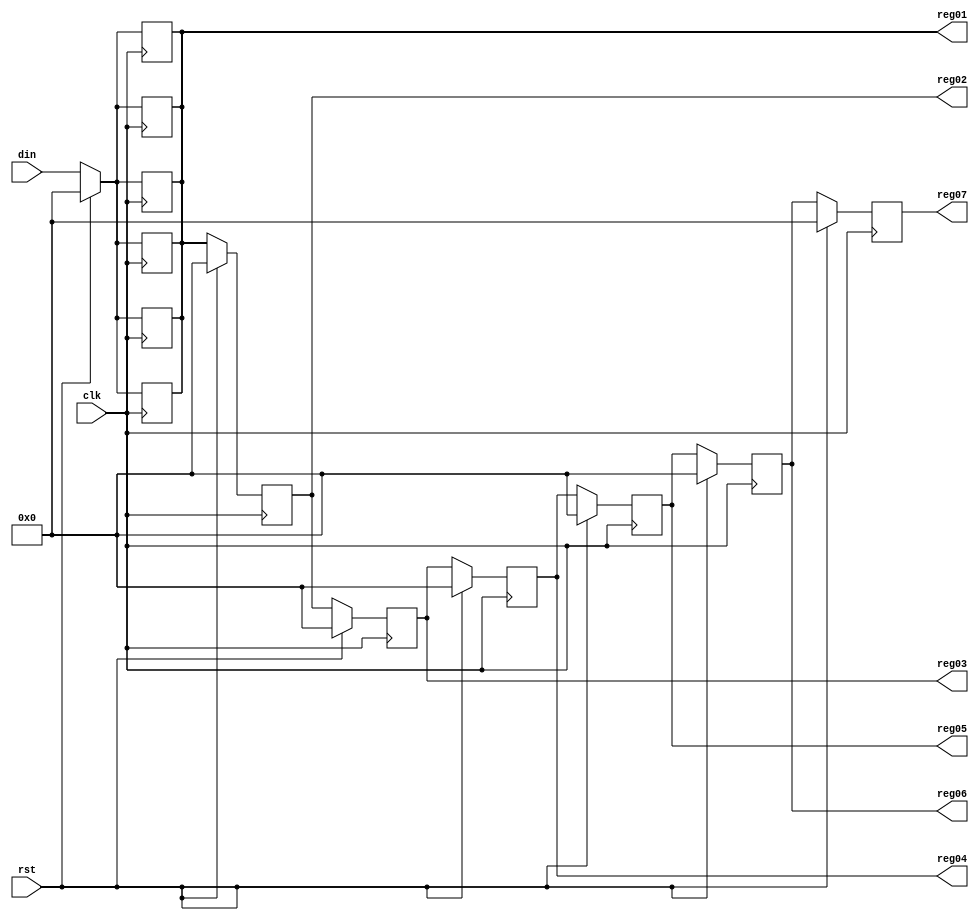
`timescale 1ns / 1ps
//////////////////////////////////////////////////////////////////////////////////
// Company: HITSZ
// 
// Design Name: 
// Module Name: regs52
// Project Name: 
// Target Devices: 
// Tool Versions: 
// Description: 
// 
// Dependencies: 
// 
// Revision:
// Revision 0.01 - File Created
// Additional Comments:
// 
//////////////////////////////////////////////////////////////////////////////////


module regs7 
#(
parameter DATA_WIDTH = 8,
parameter REGDEPTH = 7
)
(
input wire clk,
input wire rst,
input wire [DATA_WIDTH - 1:0] din,
output wire [DATA_WIDTH - 1:0] reg07,
output wire [DATA_WIDTH - 1:0] reg06,
output wire [DATA_WIDTH - 1:0] reg05,
output wire [DATA_WIDTH - 1:0] reg04,
output wire [DATA_WIDTH - 1:0] reg03,
output wire [DATA_WIDTH - 1:0] reg02,
output wire [DATA_WIDTH - 1:0] reg01
);

reg [DATA_WIDTH - 1:0] mem[REGDEPTH - 1:0];

genvar i;
generate
    for(i = 1;i < REGDEPTH;i = i + 1)
    begin
        always @(posedge clk)
        begin
            if(rst)
            begin
                mem[i] <= 'd0;
                mem[0] <= 'd0;
            end
            else
            begin
                mem[0] <= din;
                mem[i] <= mem[i - 1];
            end
        end
    end
endgenerate
        

assign    reg07 = mem[06];
assign    reg06 = mem[05];
assign    reg05 = mem[04];
assign    reg04 = mem[03];
assign    reg03 = mem[02];
assign    reg02 = mem[01];
assign    reg01 = mem[00];
        
        
endmodule